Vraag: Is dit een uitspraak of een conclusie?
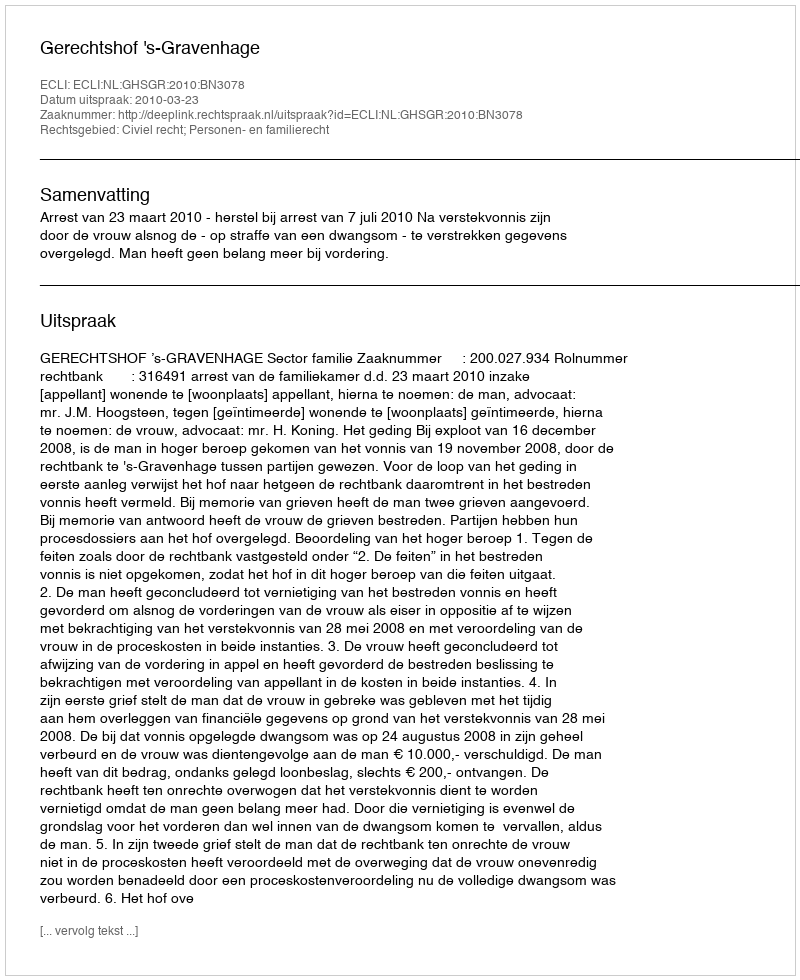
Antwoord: Uitspraak